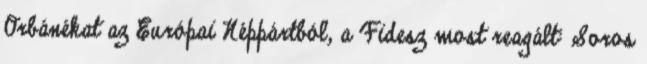
Orbánékat az Európai Néppártból, a Fidesz most reagált: Soros